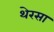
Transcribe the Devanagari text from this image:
थेरसा